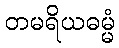
တမရိယဓမ္မံ